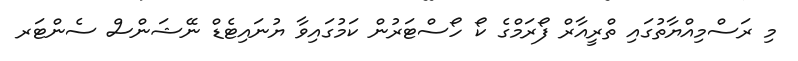
މި ރަސްމިއްޔާތުގައި ތްރީއާރް ފޯރަމްގެ ކޯ ހޯސްޓަރުން ކަމުގައިވާ ޔުނައިޓެޑް ނޭޝަންސް ސެންޓަރ